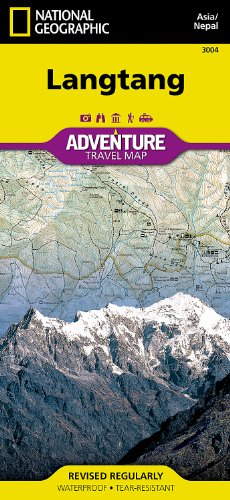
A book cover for Langtang [Nepal] (National Geographic Adventure Map); National Geographic Maps - Adventure; Travel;